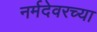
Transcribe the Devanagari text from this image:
नर्मदेवरच्या